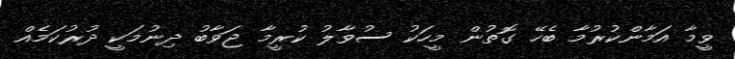
ވީމާ އަމާންކުރުމާ ބެހޭ ގޮތުން މީހަކު ސުވާލު ކުރީމާ ޖަވާބު ދިނުމަކީ ދުރުކަމެއް